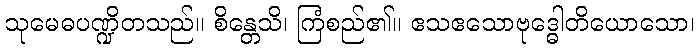
သုမေဓပဏ္ဍိတသည်။ စိန္တေသိ၊ ကြံစည်၏။ ဧသဧသောဗုဒ္ဓေါတိယောသော၊